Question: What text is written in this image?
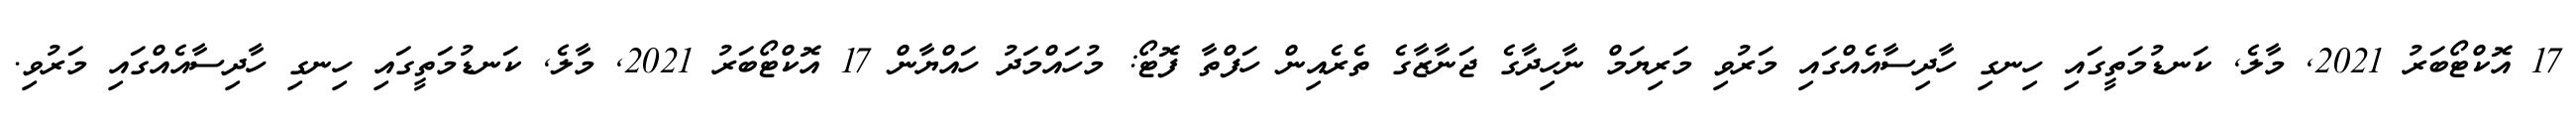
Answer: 17 އޮކްޓޯބަރު 2021, މާލެ, ކަނޑުމަތީގައި ހިނގި ހާދިސާއެއްގައި މަރުވި މަރިޔަމް ނާހިދާގެ ޖަނާޒާގެ ތެރެއިން ހަފްތާ ފޮޓޯ: މުހައްމަދު ހައްޔާން 17 އޮކްޓޯބަރު 2021, މާލެ, ކަނޑުމަތީގައި ހިނގި ހާދިސާއެއްގައި މަރުވި.